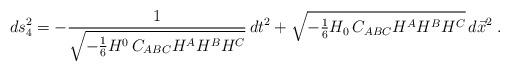
LaTeX: \begin{align*} ds_4^2 = - \frac{1}{\sqrt{ - {1 \over 6 } H^0 \, C_{ABC} H^A H^B H^C}} \,dt^2 + \sqrt{- {\textstyle{1 \over 6}} H_0 \, C_{ABC} H^A H^B H^C } \, d\vec{x}^2 \;.\end{align*}